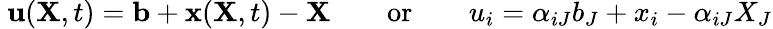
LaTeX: \ \mathbf{u}(\mathbf{X},t)=\mathbf{b}+\mathbf{x}(\mathbf{X},t)-\mathbf{X}\qquad{\mathrm{or}}\qquad u_{i}=\alpha_{iJ}b_{J}+x_{i}-\alpha_{iJ}X_{J}